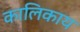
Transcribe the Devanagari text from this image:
कालिकाय